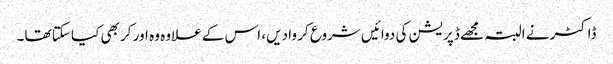
ڈاکٹر نے البتہ مجھے ڈپریشن کی دوائیں شروع کر وا دیں، اس کے علاوہ وہ اور کر بھی کیا سکتا تھا۔